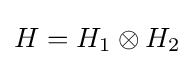
H=H_{1}\otimes H_{2}